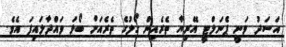
އަސަދު ވަނީ ޕެނަލްޓީ އޭރިޔާ ތެރެއިން ގޯލުގެ ތެރެއަށް ބޯޅަ ވައްދާލައިފަ އެވެ.